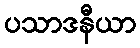
ပသာဒနီယာ